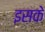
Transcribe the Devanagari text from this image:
इसके